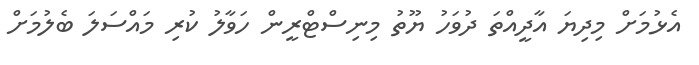
އެޅުމަށް މިދިޔަ އާދީއްތަ ދުވަހު ޔޫތު މިނިސްޓްރީން ހަވާލު ކުރި މައްސަލަ ބެލުމަށް